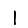
Digit: 1